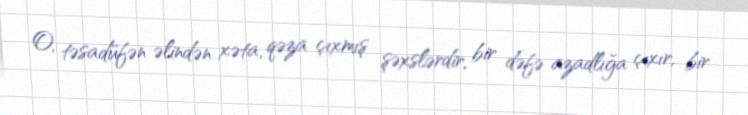
O, təsadüfən əlindən xəta, qəza çıxmış şəxslərdir, bir dəfə azadlığa çıxır, bir